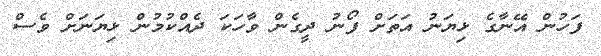
ފަހުން އޭނާގެ ޅިޔަނު އަތަށް ފޯނު ދީގެން ވާހަކަ ދެއްކުމުން ޅިޔަނަށް ވެސް